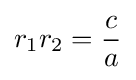
r_{1}r_{2}={\frac {c}{a}}